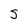
Character: S